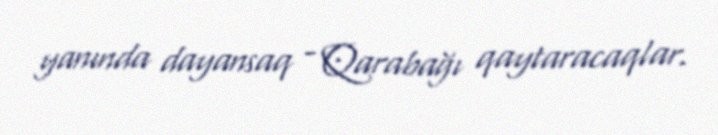
yanında dayansaq - Qarabağı qaytaracaqlar.